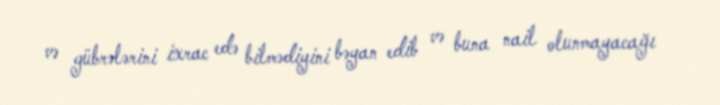
və gübrələrini ixrac edə bilmədiyini bəyan edib və buna nail olunmayacağı